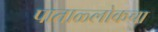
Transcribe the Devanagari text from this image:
पाताळ्लोकचा